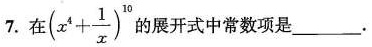
7.在(x^{4}+ \frac{1}{x})^{10}的展开式中常数项是___.